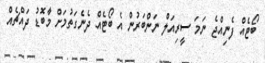
ބޯޓެއް ފެނިއްޖެ ނަމަ ސީރިއަލް ނަންބަރުން އެ ބޯޓެއް ދެނެގަތުމަށް މާބޮޑު ދައްޗެއް